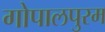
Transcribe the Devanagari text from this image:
गोपालपुरम